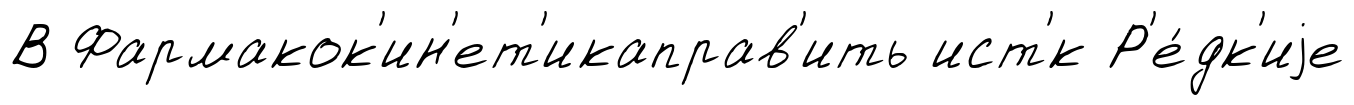
В Фармакок'ин'ет'икаправ'ить ист'́к Р'е́дк'иjе